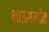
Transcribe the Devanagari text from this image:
भाऊगर्दीत